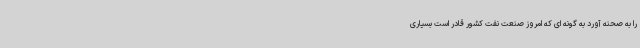
را به صحنه آورد به گونه ای که امروز صنعت نفت کشور قادر است بسیاری